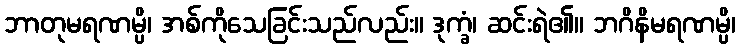
ဘာတုမရဏမ္ပိ၊ အစ်ကိုသေခြင်းသည်လည်း။ ဒုက္ခံ၊ ဆင်းရဲ၏။ ဘဂိနိမရဏမ္ပိ၊